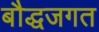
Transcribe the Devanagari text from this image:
बौद्धजगत